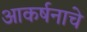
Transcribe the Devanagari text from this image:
आकर्षनाचे